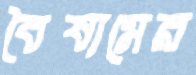
বৈষ্যমের